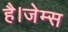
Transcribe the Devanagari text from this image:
है।जेम्स